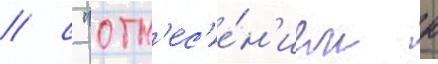
/ с "отн'ес'е́н'ием к